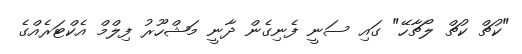
"ކުޗް ކުޗް ލޯޗާހޭ" ގައި ސަނީ ފެނިގެން ދާނީ މަޝްހޫރު ފިލްމް އެކްޓަރެއްގެ